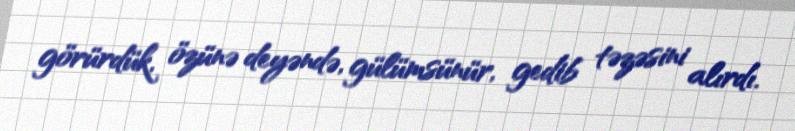
görürdük, özünə deyəndə, gülümsünür, gedib təzəsini alırdı.